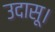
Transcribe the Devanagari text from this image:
उदासू।